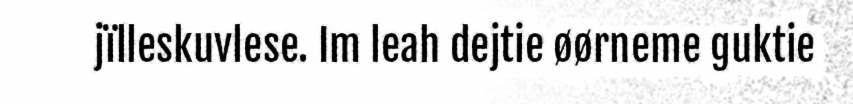
jïlleskuvlese. Im leah dejtie øørneme guktie